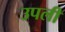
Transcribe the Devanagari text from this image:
उपली